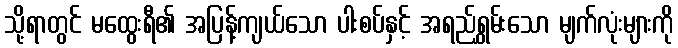
သို့ရာတွင် မထွေးရီ၏ အပြန့်ကျယ်သော ပါးစပ်နှင့် အရည်ရွှမ်းသော မျက်လုံးများကို